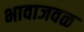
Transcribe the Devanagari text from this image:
भावाजवळ